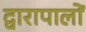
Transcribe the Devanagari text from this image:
द्वारापालों